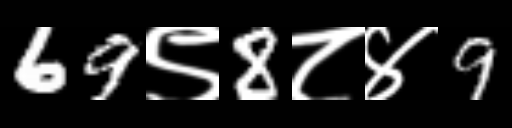
Text: 69९8८४9